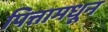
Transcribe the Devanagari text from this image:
पित्तामधून